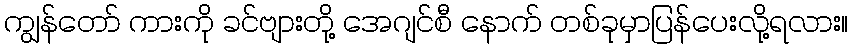
ကျွန်တော် ကားကို ခင်ဗျားတို့ အေဂျင်စီ နောက် တစ်ခုမှာပြန်ပေးလို့ရလား။